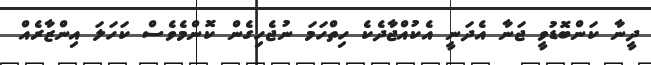
ދީނާ ކަންބޮޑުވީ ޖަނާ އެދަނީ އެކުއްޖާދެކެ ހިތްހަމަ ނުޖެހިގެން ކޮންމެވެސް ކަހަލަ އިންޒާރެއް